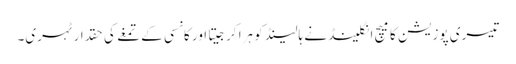
تیسری پوزیشن کا میچ انگلینڈ نے ہالینڈ کو ہرا کرجیتا اور کانسی کے تمغے کی حقدار ٹہری۔